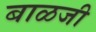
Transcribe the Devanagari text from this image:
बाळजी